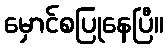
မှောင်စပြုနေပြီ။